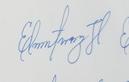
Signature authenticity: genuine